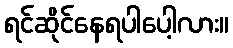
ရင်ဆိုင်နေရပါပေါ့လား။